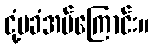
ငုံ့မခံအပ်ကြောင်း။